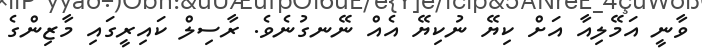
ވާނީ އަމޭލިއާ އަށް ކިޔޭ ނުކިޔޭ އެއް ނޭނގުނެވެ. ރާސިލް ކައިރީގައި މާޒިންގެ